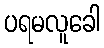
ပရမလူခေါ